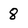
Character: 8